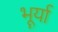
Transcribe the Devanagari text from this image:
भूर्या